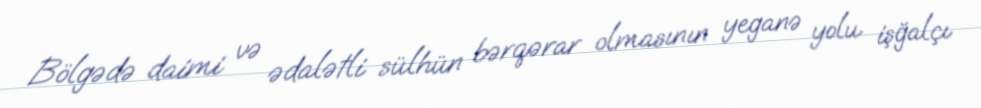
Bölgədə daimi və ədalətli sülhün bərqərar olmasının yeganə yolu işğalçı